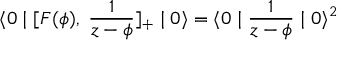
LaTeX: \langle 0 \mid [ F ( \phi ) , \; \frac { 1 } { z - \phi } ] _ { + } \mid 0 \rangle = \langle 0 \mid \frac { 1 } { z - \phi } \mid 0 \rangle ^ { 2 }